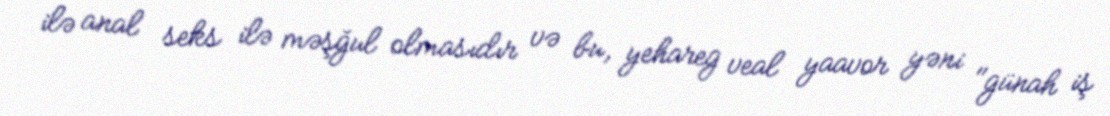
ilə anal seks ilə məşğul olmasıdır və bu, yehareg veal yaavor yəni "günah iş